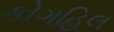
કોગહિલ